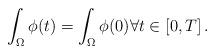
LaTeX: \begin{align*}\int_\Omega \phi(t)=\int_\Omega \phi(0)\forall t\in [0,T]\,. \end{align*}